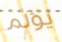
يؤلم